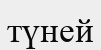
түней